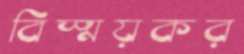
বিস্ময়কর